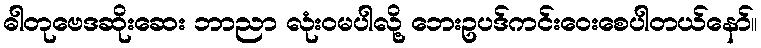
ဓါတုဗေဒဆိုးဆေး ဘာညာ လုံးဝမပါလို့ ဘေးဥပဒ်ကင်းဝေးစေပါတယ်နော်။